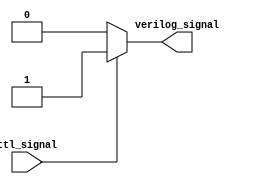
module ttl_buffer (
    input ttl_signal,
    output reg verilog_signal
);

always @(ttl_signal) begin
    if (ttl_signal == 1'b0)
        verilog_signal <= 1'b0;
    else
        verilog_signal <= 1'b1;
end

endmodule